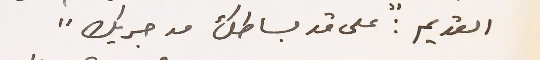
القديم: "على قد بساطك مد جريك"